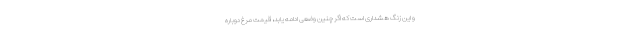
و این زنگ هشداری است که اگر چنین وضعی ادامه یابد، قیمت مرغ دوباره